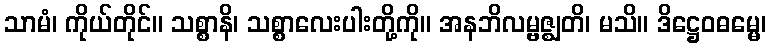
သာမံ၊ ကိုယ်တိုင်။ သစ္စာနိ၊ သစ္စာလေးပါးတို့ကို။ အနဘိလမ္ဗဇ္ဈတိ၊ မသိ။ ဒိဋ္ဌေဝဓမ္မေ၊